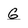
Character: G